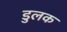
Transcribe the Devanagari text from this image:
डुलक